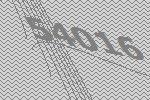
54016